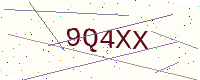
Text: 9Q4XX